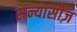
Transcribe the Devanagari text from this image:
संन्यासीज़